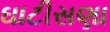
ઘાટીસણા